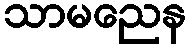
သာမညေန